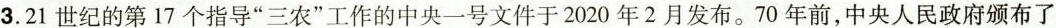
3.21世纪的第17个指导”三农”工作的中央一号文件于2020年2月发布。70年前，中央人民政府颁布了